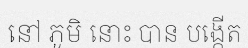
នៅ ភូមិ នោះ បាន បង្កើត